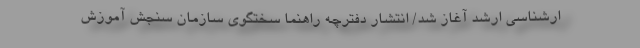
ارشناسی ارشد آغاز شد/ انتشار دفترچه راهنما سختگوی سازمان سنجش آموزش